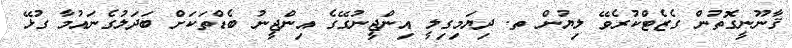
ޤާނޫނީގޮތުން ގެޒެޓްކުރެވޭ ލިޔުން ތ. ދިޔަމިގިލީ އިންޖީނުގޭގެ އިންޖީނު ބެޑްތަކަށް ބަދަލުގެނައުމާ ގުޅޭ